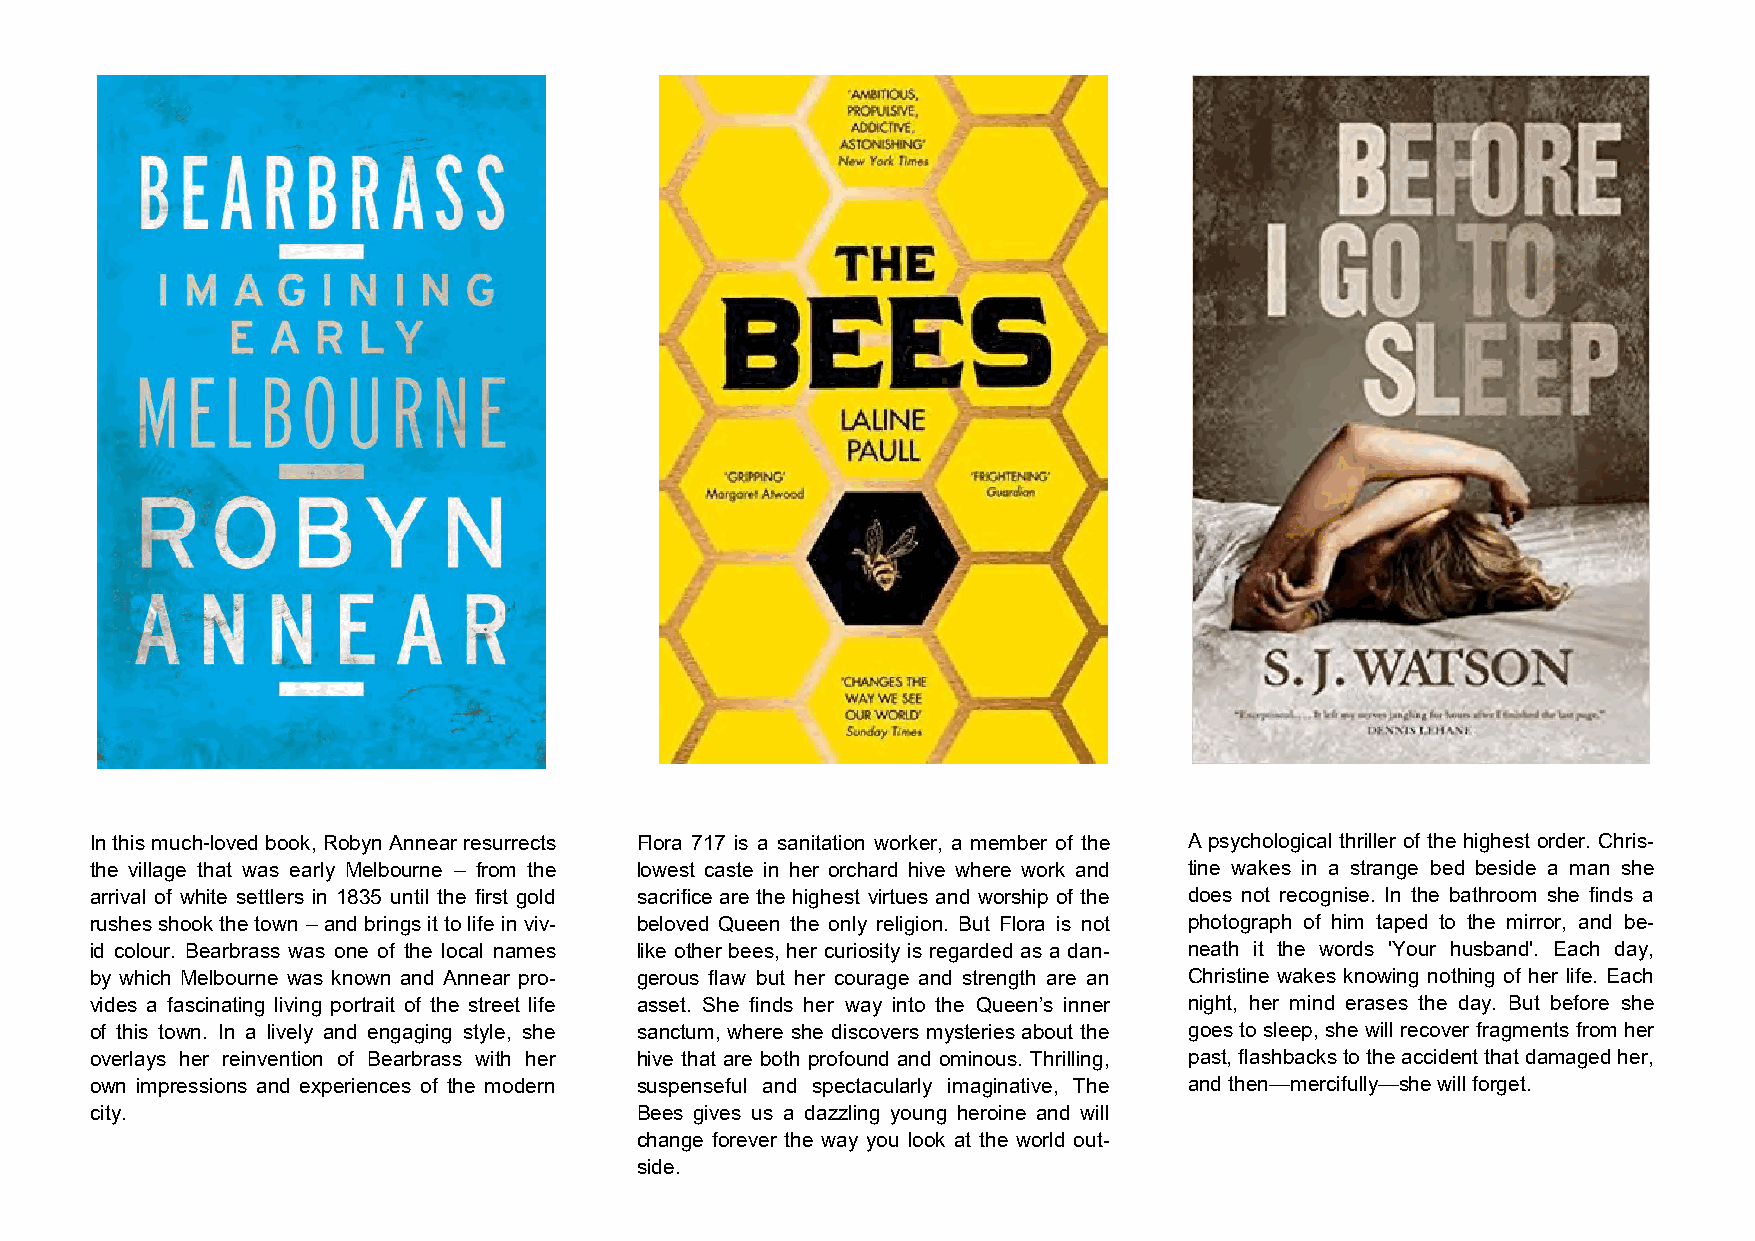
In this much-loved book, Robyn Annear resurrects Flora 717 is a sanitation worker, a member of the A psychological thriller of the highest order. Chris-
 the village that was early Melbourne – from the lowest caste in her orchard hive where work and tine wakes in a strange bed beside a man she
 arrival of white settlers in 1835 until the first gold sacrifice are the highest virtues and worship of the does not recognise. In the bathroom she finds a
 rushes shook the town – and brings it to life in viv- beloved Queen the only religion. But Flora is not photograph of him taped to the mirror, and be-
 id colour. Bearbrass was one of the local names like other bees, her curiosity is regarded as a dan- neath it the words 'Your husband'. Each day,
 by which Melbourne was known and Annear pro- gerous flaw but her courage and strength are an Christine wakes knowing nothing of her life. Each
 vides a fascinating living portrait of the street life asset. She finds her way into the Queen’s inner night, her mind erases the day. But before she
 of this town. In a lively and engaging style, she sanctum, where she discovers mysteries about the goes to sleep, she will recover fragments from her
 overlays her reinvention of Bearbrass with her hive that are both profound and ominous. Thrilling, past, flashbacks to the accident that damaged her,
 own impressions and experiences of the modern suspenseful and spectacularly imaginative, The and then—mercifully—she will forget.
 city.                               Bees gives us a dazzling young heroine and will
 change forever the way you look at the world out-
 side.